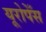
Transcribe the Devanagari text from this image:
यूरोपेँस